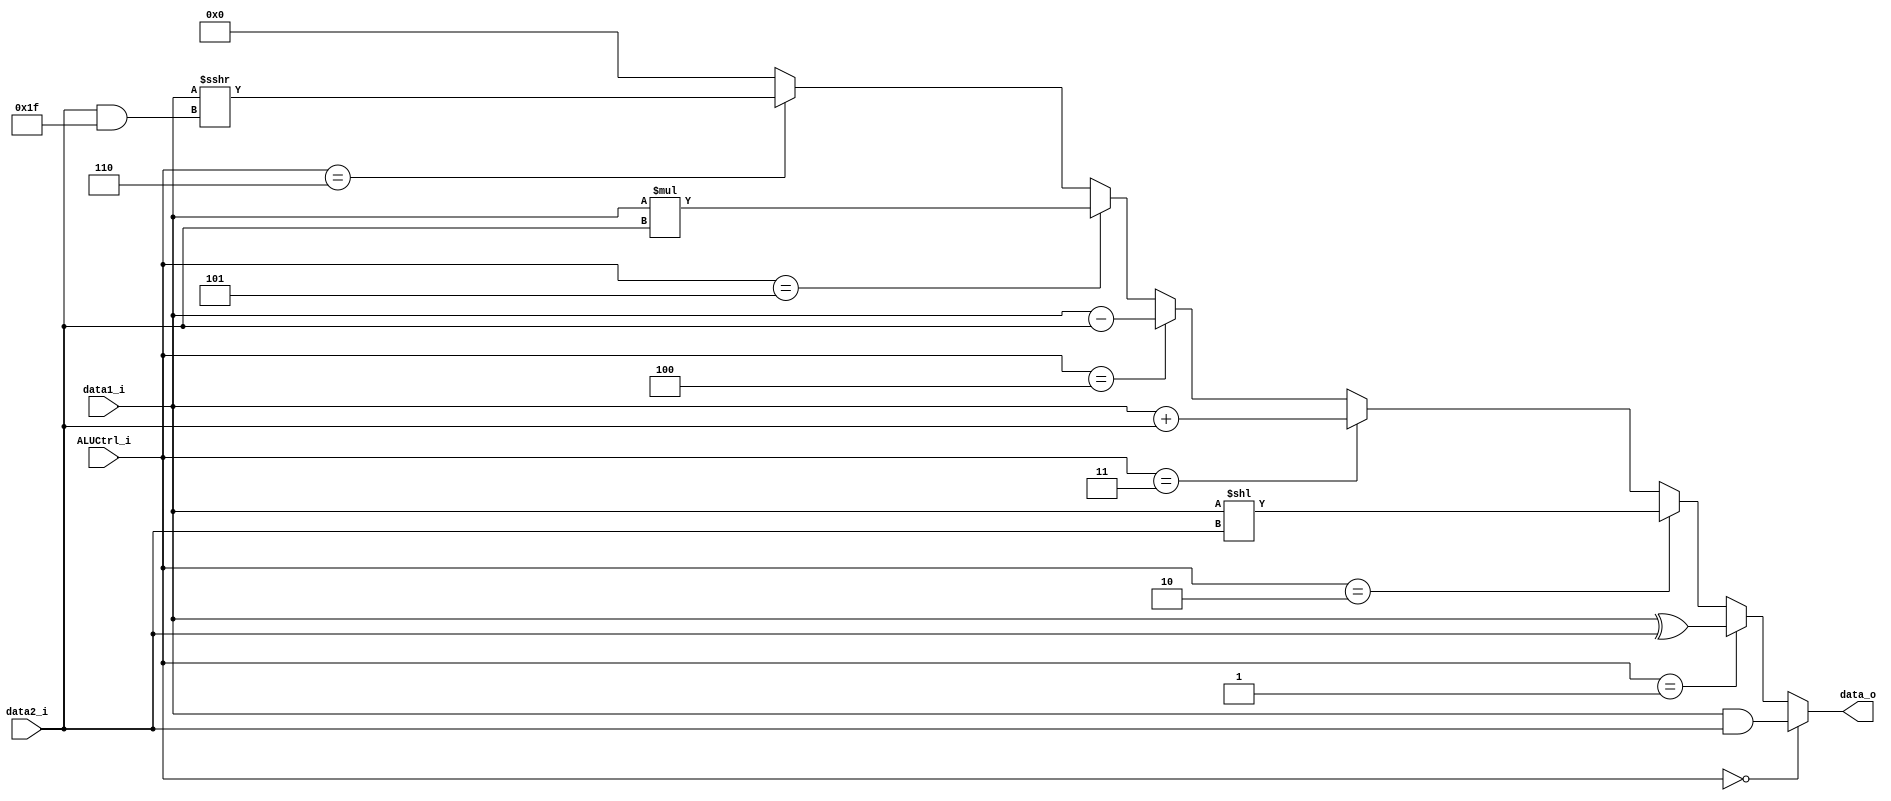
module ALU
(
    data1_i,
    data2_i,
    ALUCtrl_i,
    data_o,
);

input signed [31:0] data1_i, data2_i;
input [2:0] ALUCtrl_i;
output [31:0] data_o;

assign data_o = (ALUCtrl_i == 3'b000) ? data1_i & data2_i :
                  (ALUCtrl_i == 3'b001) ? data1_i ^ data2_i :
                  (ALUCtrl_i == 3'b010) ? data1_i << data2_i :
                  (ALUCtrl_i == 3'b011) ? data1_i + data2_i :
                  (ALUCtrl_i == 3'b100) ? data1_i - data2_i :
                  (ALUCtrl_i == 3'b101) ? data1_i * data2_i :
                  (ALUCtrl_i == 3'b110) ? data1_i >>> (data2_i & 12'b000000011111) : 32'b0;

endmodule